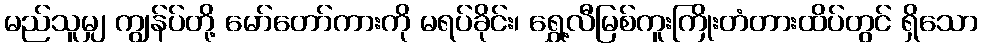
မည်သူမျှ ကျွန်ပ်တို့ မော်တော်ကားကို မရပ်ခိုင်း၊ ရွှေ့လီမြစ်ကူးကြိုးတံတားထိပ်တွင် ရှိသော